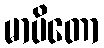
မာပိတော